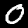
Digit: 0